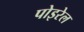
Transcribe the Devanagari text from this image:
पोइरेल